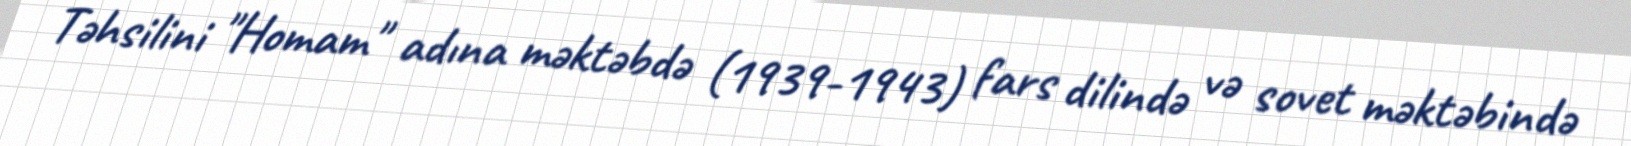
Təhsilini "Homam" adına məktəbdə (1939-1943) fars dilində və sovet məktəbində